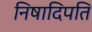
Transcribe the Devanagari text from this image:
निषादिपति